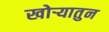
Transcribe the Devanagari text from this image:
खोऱ्यातुन